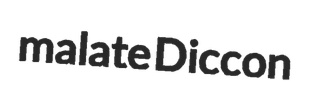
malate Diccon